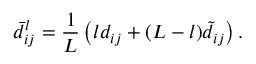
\bar { d } _ { i j } ^ { l } = \frac { 1 } { L } \left( l d _ { i j } + ( L - l ) \tilde { d } _ { i j } \right) .